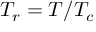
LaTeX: T _ { r } = T / T _ { c }